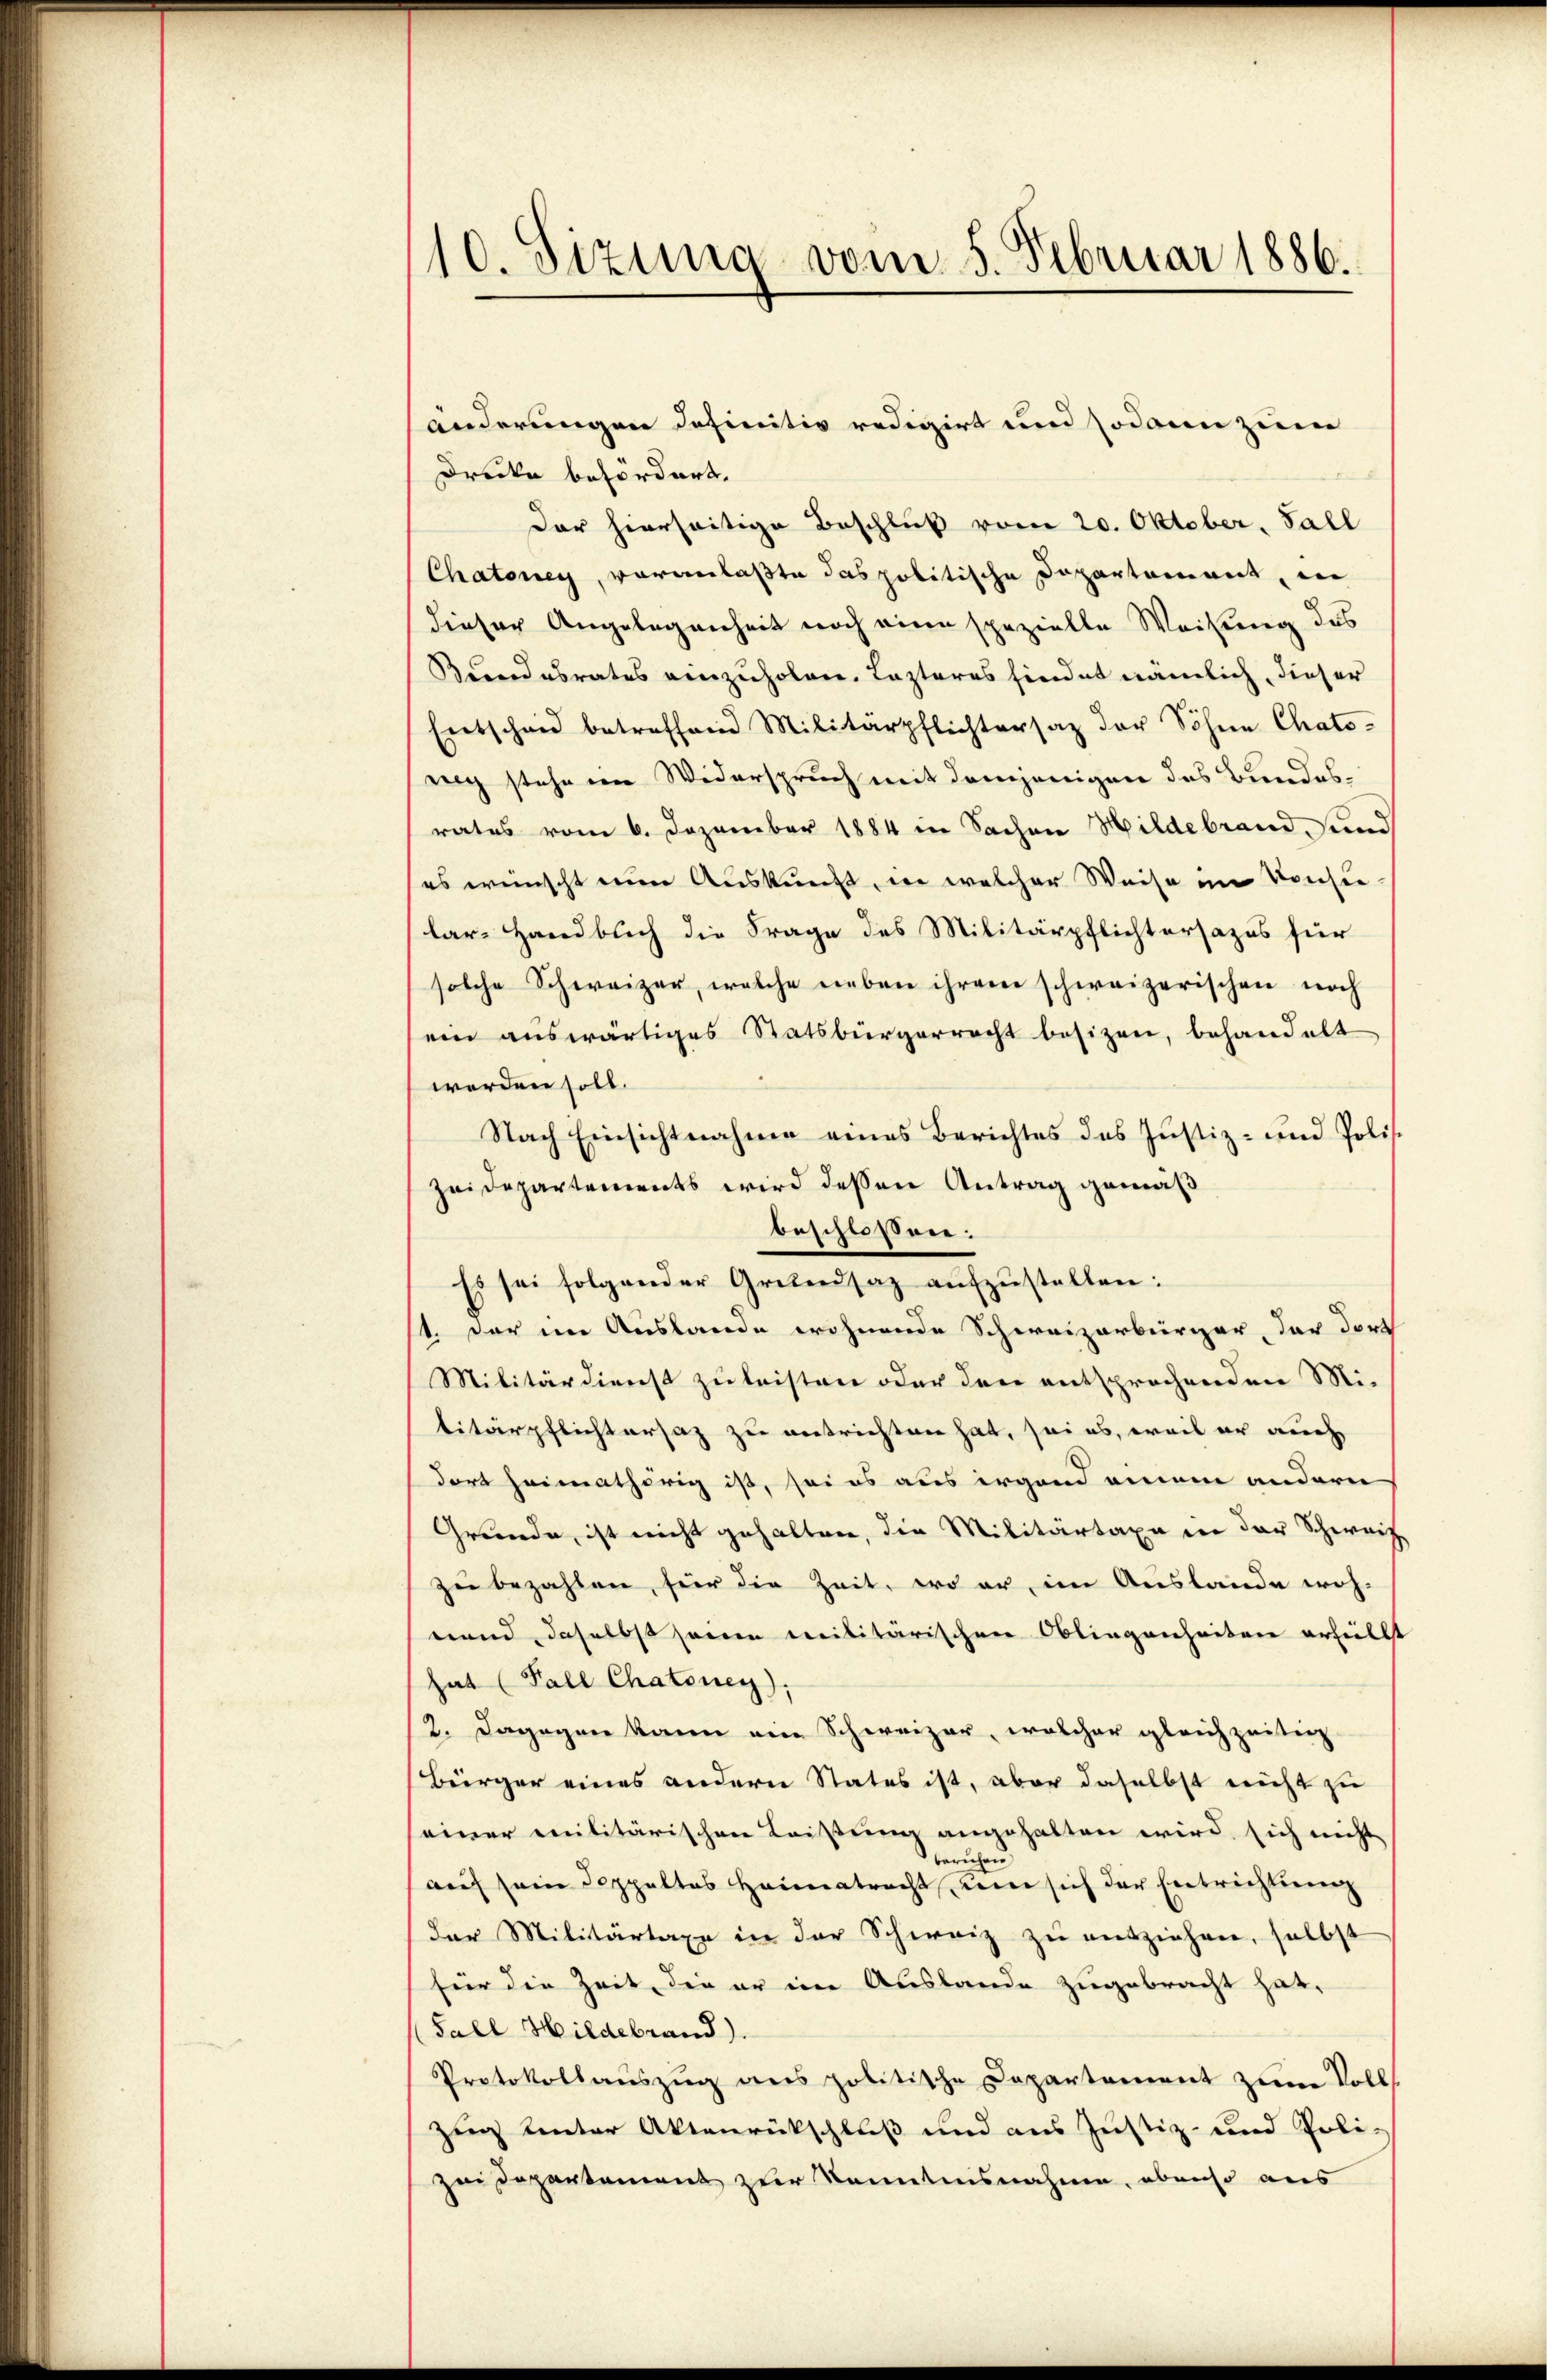
10. Sizung vom 5. Februar 1886.

Drecke befördert,
Der hierseitige Beschluß vom 20. Oktober, Fall
Chatoney, voranlaßte das politische Departement, in
dieser Angelegenheit noch eine spezielle Weisung des
Bundesrates einzuholen. Lasteres hindet nämlich, dieser
Entschau betreffend Militärpflichtersatz der Söhne Chato-
nch stehe im Widerspruch mit demjenigen das Bundesrates vom 6. Dezember 1884 in Sachen Hildebrand, sind
es wünscht einer Auskunft, in welcher Weise im Konsie
lar-Handbuch die Frage des Militärpflichtersazus für
solche Schweizer, welche neben ihrem schweizerischen noch
ein auswärtiges Statsbürgerrecht besitzen, behandelt
werden soll.
Nach Einsichtnahme eines Berichtes des Justiz- und Polisc
Zeidepartements wird dessen Antrag gemäß
beschlossen:
Es sei folgender Grundsaz aŭfzŭstellen:
1. Der im Auslande wohnende Schweizerbürger, der dort
Militärdienst zu leisten oder den entsprochenden Mi-
litärpflichtersatz zu entrichten hat, sei es, weil er auch
dort heimathörig ist, sei es aus irgend einem andern
Grunde, ist nicht gehalten, die Militärtaxe in der Schweiz
zu bezahlen, für die Zeit, wo er im Auslande woh-
nand daselbst seinen militärischen Obliegenheiten erfüllt
hat (Fall Chatoney):
2. Dagegen kann ein Schweizer, welcher gleichzeitig
Bürger eines andern States ist, aber daselbst nicht zu
seiner militärischen Leistung angehalten wird, sich nicht
beruhen
aŭf sein Doppeltes Heimatracht um sich der Entrichtung
der Militärtaxe in der Schweiz zu entziehen, selbst
für die Zeit, die er in Auslande zugebracht hat.
Fall Hildebrand).
Protokollauszug ans politische Departement zum Volls
Zug unter Aktenrückschluß und aus Justiz- und Poli-
zei Departement zur Kenntnisnahme, ebenso aus

änderungen definitiv redigirt und sodann zum